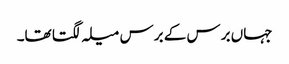
جہاں برس کے برس میلہ لگتا تھا۔